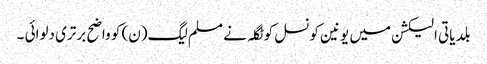
بلدیاتی الیکشن میں یونین کونسل کوٹگلہ نے مسلم لیگ(ن) کو واضح برتری دلوائی ۔